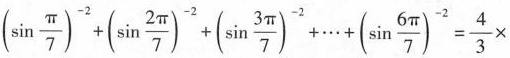
$$(\sin \frac{\pi}{7})^{-2}+(\sin \frac{2 \pi}{7})^{-2}+(\sin \frac{3 \pi}{7})^{-2}+ \cdots +(\sin \frac{6 \pi}{7})^{-2}= \frac{4}{3}\times